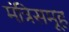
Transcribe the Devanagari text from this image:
मंत्रिसमूह